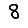
Digit: 8